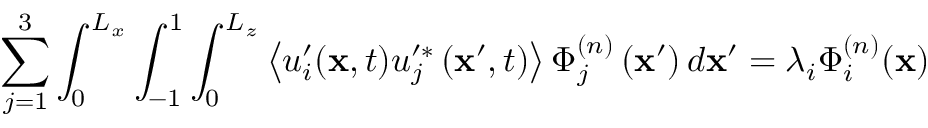
\sum _ { j = 1 } ^ { 3 } \int _ { 0 } ^ { L _ { x } } \int _ { - 1 } ^ { 1 } \int _ { 0 } ^ { L _ { z } } \left\langle u _ { i } ^ { \prime } ( \mathbf { x } , t ) u _ { j } ^ { \prime * } \left( \mathbf { x } ^ { \prime } , t \right) \right\rangle \Phi _ { j } ^ { ( n ) } \left( \mathbf { x } ^ { \prime } \right) d \mathbf { x } ^ { \prime } = \lambda _ { i } \Phi _ { i } ^ { ( n ) } ( \mathbf { x } )